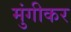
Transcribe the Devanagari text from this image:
मुंगीकर